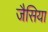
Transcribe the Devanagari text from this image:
जैसिया